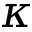
\kappa